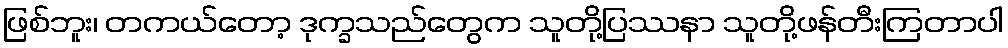
ဖြစ်ဘူး၊ တကယ်တော့ ဒုက္ခသည်တွေက သူတို့ပြဿနာ သူတို့ဖန်တီးကြတာပါ